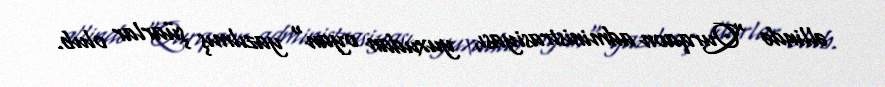
əllində "Qurqaon administrasiyası, yuxudan oyan" yazılmış şüarlar olub.